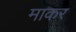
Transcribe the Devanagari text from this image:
माकर